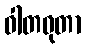
ဝါတဓုတာ